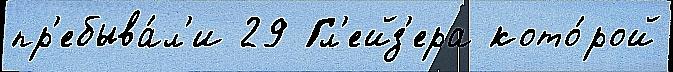
пр'ебыва́л'и 29 Гл'ейз'ера кото́рой